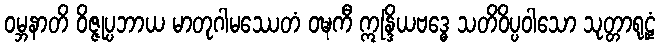
ဝမ္ဘနာတိ ဝိဇ္ဇုပ္ပဘာယ မာတုဂါမဿေတံ ဝဍ္ဎကီ ဣန္ဒြိယဗဒ္ဓေ သတိဝိပ္ပဝါသော သုတ္တာရုဠှံ